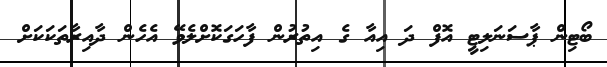
ބޯޓިން ޕާސަނަލިޓީ އޮފް ދަ އިއާ ގެ އިތުރުން ފާހަގަކޮށްލެވޭ އެހެން ދާއިރާތަކަކަށް